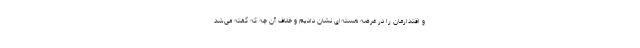
و اقتدارمان را در عرصه هسته‌ای نشان دادیم و خلاف آن چه که گفته می‌شد